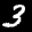
Label: 3